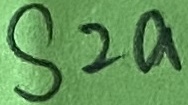
Text: S2a